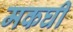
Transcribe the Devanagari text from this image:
मकघी